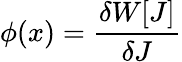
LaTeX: \phi(x)={\frac{\delta W[J]}{\delta J}}